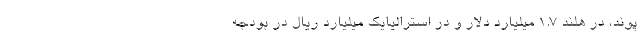
پوند، در هلند 1.7 میلیارد دلار و در استرالیایک میلیارد ریال در بودجه